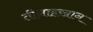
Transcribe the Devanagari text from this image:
तीनाहख़ान